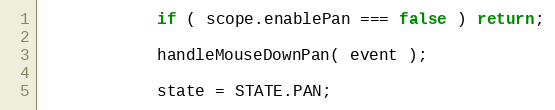
Language: JavaScript
			if ( scope.enablePan === false ) return;

			handleMouseDownPan( event );

			state = STATE.PAN;